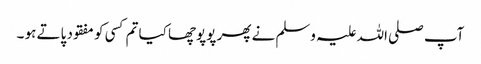
آپ صلی اللہ علیہ وسلم نے پھر پوپوچھا کیا تم کسی کو مفقود پاتے ہو ۔